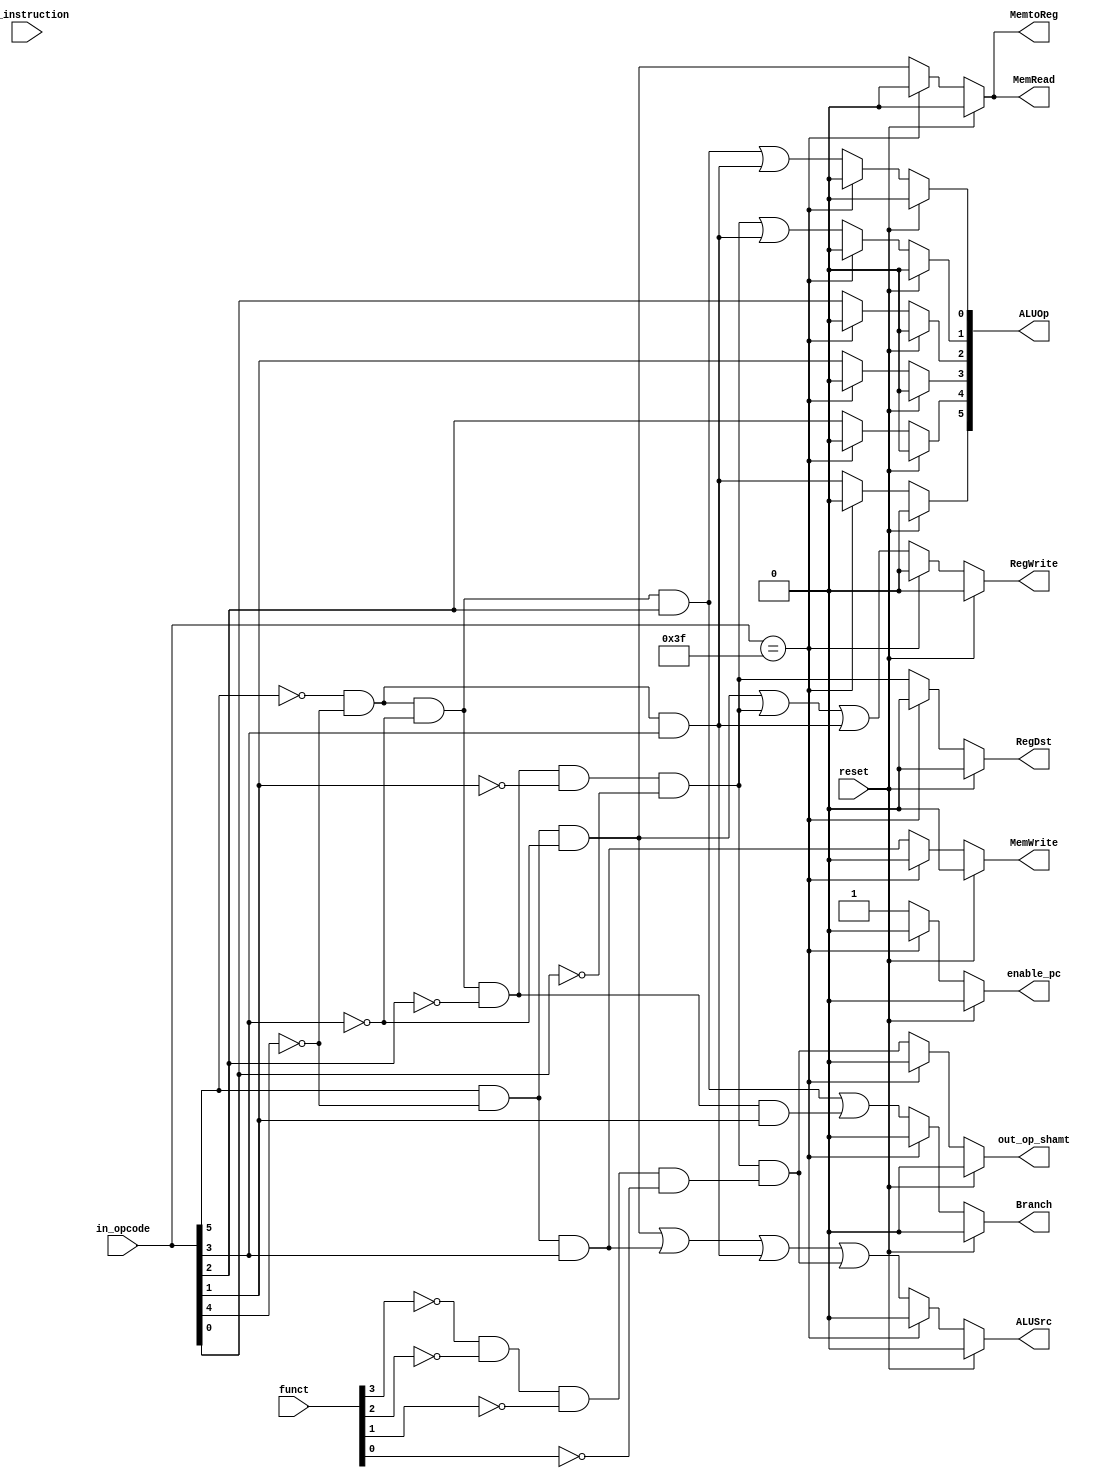
`timescale 1ns / 1ps

module CONTROL( 
    //INPUTS
    input wire reset,
    input wire [5:0] in_opcode,
    input wire [3:0] funct,
    input wire [31:0] in_instruction,
    //OUTPUTS
    output reg RegDst, 
    output reg Branch,
    output reg MemRead,
    output reg MemtoReg,
    output reg [5:0] ALUOp,
    output reg MemWrite,
    output reg ALUSrc,
    output reg RegWrite,
    output reg out_op_shamt,
    output reg enable_pc
    );
    
    wire load, store, register, branch, inmediate, jump;
    wire op_shamt;
    
    //R-Type
    assign register = (~in_opcode[5]) && (~in_opcode[4]) && (~in_opcode[3]) &&
               (~in_opcode[2]) && (~in_opcode[1]) && (~in_opcode[0]);    //000 000
    assign op_shamt = register && ((~funct[3]) && (~funct[2]) && (~funct[1]) && (~funct[0]));
    //I-Type
    assign load = in_opcode[5] && (~in_opcode[4]) && (~in_opcode[3]);            //100
    assign store = in_opcode[5] && (~in_opcode[4]) && in_opcode[3];            //101
    assign inmediate = (~in_opcode[5]) && (~in_opcode[4]) && in_opcode[3];        //001
    assign branch = (~in_opcode[5]) && (~in_opcode[4]) && (~in_opcode[3]) && 
             in_opcode[2];                                              //000 1
    //J-Type
    assign jump = (~in_opcode[5]) && (~in_opcode[4]) && (~in_opcode[3]) &&
           (~in_opcode[2]) && in_opcode[1];                                //000 01

    
    always@(*)
        begin                        
            if(reset)
                begin
                    RegDst <= 0;
                    Branch <= 0;
                    ALUSrc <= 0;
                    MemtoReg <= 0;
                    RegWrite <= 0;
                    MemRead <= 0;
                    MemWrite <= 0;
                    ALUOp <= 0;
                    out_op_shamt <= 0;
                    enable_pc <= 0; 
                end
            else
                if(in_opcode == 6'b111111)
                    begin
                        RegDst <= 0;
                        Branch <= 0;
                        ALUSrc <= 0;
                        MemtoReg <= 0;
                        RegWrite <= 0;
                        MemRead <= 0;
                        MemWrite <= 0;
                        ALUOp <= 0;   
                        out_op_shamt <= 0;    
                        enable_pc <= 0;         
                    end
                else
                    begin
                        MemRead     <= load;        //La unica instruccion que lee de la memoria
                        Branch      <= (branch || jump);		//Instruccion que realiza un branch
                        MemWrite    <= store;		//La instruccion desencadena una escritura en memoria
                        MemtoReg    <= load;		//La instruccion guarda un dato de memoria en un registro
                        RegDst      <= register;	//Un dato se guardara en el registro
                        RegWrite    <= (load || register || inmediate);	//Se escribira en un registro
                        ALUSrc      <= (load || store || inmediate || op_shamt);    //Multiplexor de segunda entrada de la ALU
                        ALUOp[0]    <= (branch || inmediate);
                        ALUOp[1]    <= (register || inmediate);
                        ALUOp[2]    <= in_opcode[0];
                        ALUOp[3]    <= in_opcode[1];
                        ALUOp[4]    <= in_opcode[2];
                        ALUOp[5]    <= inmediate;
                        out_op_shamt <= op_shamt;
                        enable_pc   <= 1;
                    end
        end
    
endmodule